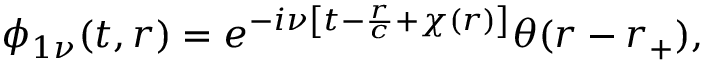
\phi _ { 1 \nu } ( t , r ) = e ^ { - i \nu \left[ t - \frac { r } { c } + \chi ( r ) \right] } \theta ( r - r _ { + } ) ,